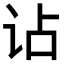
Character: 𧮪